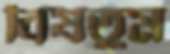
বিষতুম